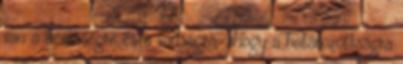
van a hevességre és a vadságra, ahogy a határozottságra